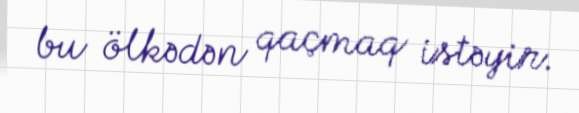
bu ölkədən qaçmaq istəyir.